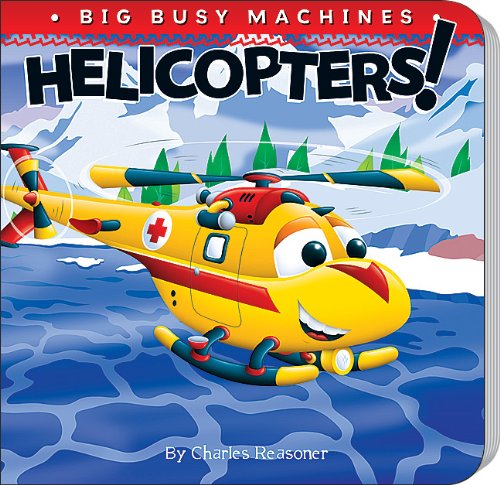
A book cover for Helicopters! (Big Busy Machines); Charles Reasoner; Children's Books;